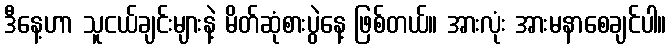
ဒီနေ့ဟာ သူငယ်ချင်းများနဲ့ မိတ်ဆုံစားပွဲနေ့ ဖြစ်တယ်။ အားလုံး အားမနာစေချင်ပါ။